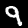
Label: 9